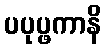
ပပုပ္ဖကာနိ